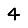
Digit: 4